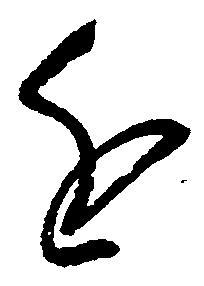
進